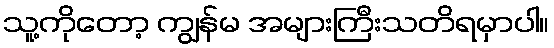
သူ့ကိုတော့ ကျွန်မ အများကြီးသတိရမှာပါ။